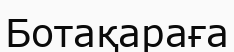
Ботақараға